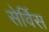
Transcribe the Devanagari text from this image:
सेर्विस